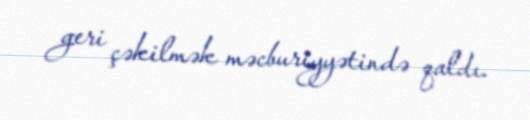
geri çəkilmək məcburiyyətində qaldı.